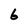
Character: 6